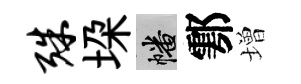
殊垜幡鄠増